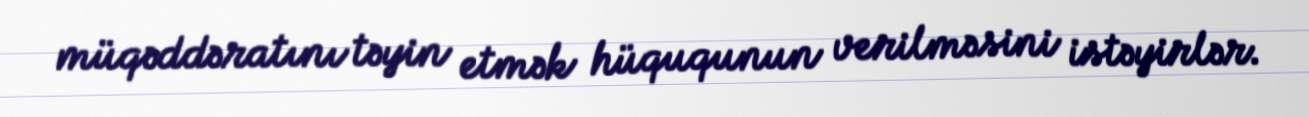
müqəddəratını təyin etmək hüququnun verilməsini istəyirlər.